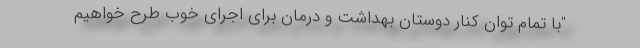
"با تمام توان کنار دوستان بهداشت و درمان برای اجرای خوب طرح خواهیم